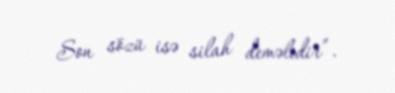
Son sözü isə silah deməlidir”.